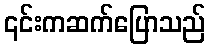
၎င်းကဆက်ပြောသည်